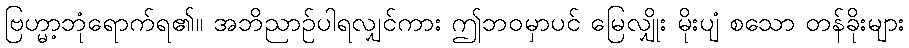
ဗြဟ္မာ့ဘုံရောက်ရ၏။ အဘိညာဉ်ပါရလျှင်ကား ဤဘဝမှာပင် မြေလျှိုး မိုးပျံ စသော တန်ခိုးများ